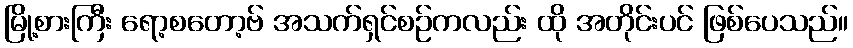
မြို့စားကြီး ရော့စတော့ဗ် အသက်ရှင်စဉ်ကလည်း ထို အတိုင်းပင် ဖြစ်ပေသည်။